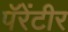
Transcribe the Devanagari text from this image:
पॅरेंटीर